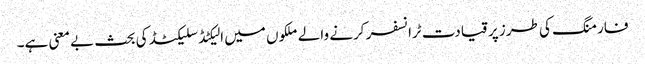
فارمنگ کی طرز پر قیادت ٹرانسفر کرنے والے ملکوں میں الیکٹڈ سلیکٹڈ کی بحث بے معنی ہے۔